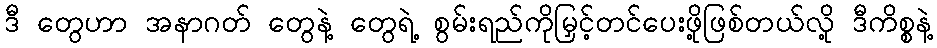
ဒီ တွေဟာ အနာဂတ် တွေနဲ့ တွေရဲ့ စွမ်းရည်ကိုမြှင့်တင်ပေးဖို့ဖြစ်တယ်လို့ ဒီကိစ္စနဲ့